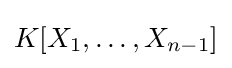
K[X_{1},\ldots ,X_{n-1}]